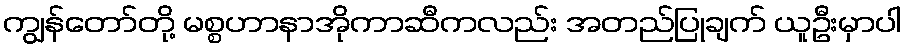
ကျွန်တော်တို့ မစ္စဟာနာအိုကာဆီကလည်း အတည်ပြုချက် ယူဦးမှာပါ